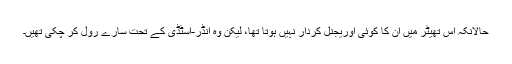
حالانکہ اس تھیٹر میں ان کا کوئی اوریجنل کردار نہیں ہوتا تھا، لیکن وہ انڈر-اسٹڈی کے تحت سارے رول کر چکی تھیں۔